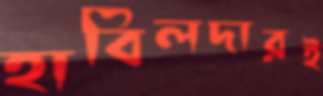
হাবিলদারই